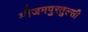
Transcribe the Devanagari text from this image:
मौजमपुरतुल्सी